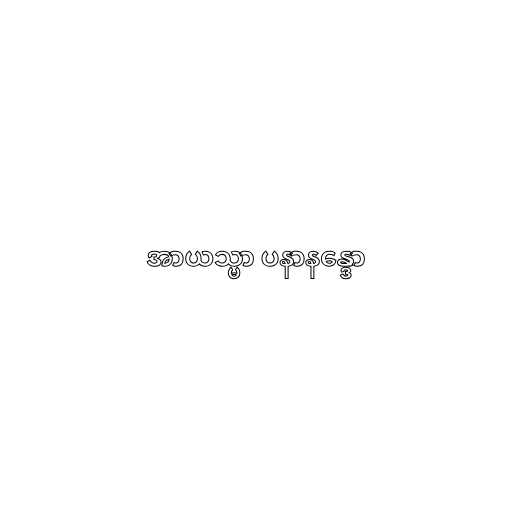
အာယသ္မာ ပနာနန္ဒော